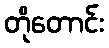
တိုတောင်း